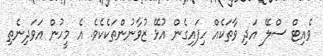
ވެއިޓް ސްލޭ އަދި ވާތަކެއް ހިފައިގެން އުޅޭ ޒުވާނުންތަކެކެވެ. އެ މީހުން އަވަދިނެތި